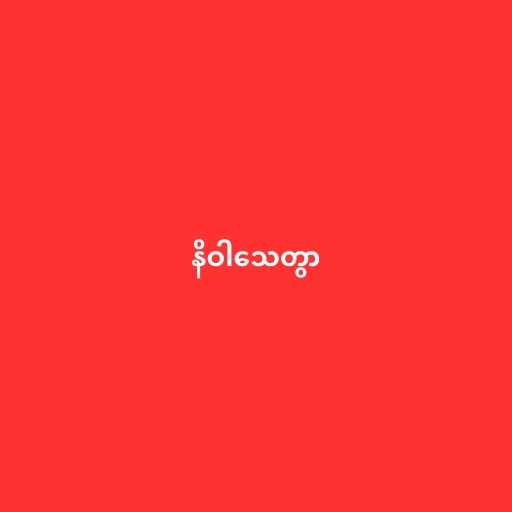
နိဝါသေတွာ